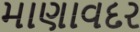
માણાવદર